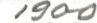
1900